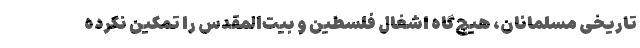
تاریخی مسلمانان، هیچ‌گاه اشغال فلسطین و بیت‌المقدس را تمکین نکرده